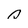
Character: Q